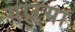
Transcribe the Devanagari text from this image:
गाऱ्या